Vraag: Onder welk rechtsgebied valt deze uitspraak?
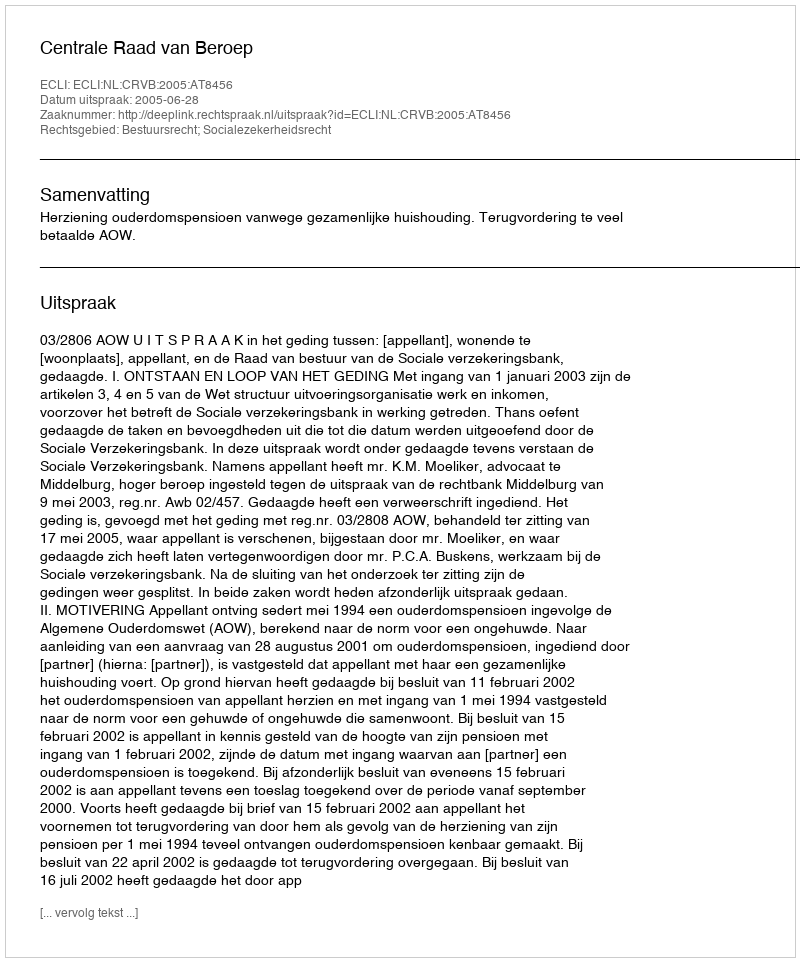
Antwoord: Bestuursrecht; Socialezekerheidsrecht